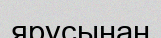
ярусынан